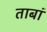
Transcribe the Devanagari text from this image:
ताबां